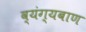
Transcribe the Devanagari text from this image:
व्यंग्यबाण